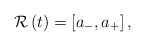
\begin{align*}\mathcal{R} \left( t \right) = \left[ a_{-} , a_{+} \right],\end{align*}